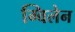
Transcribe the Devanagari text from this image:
ग्विलेन